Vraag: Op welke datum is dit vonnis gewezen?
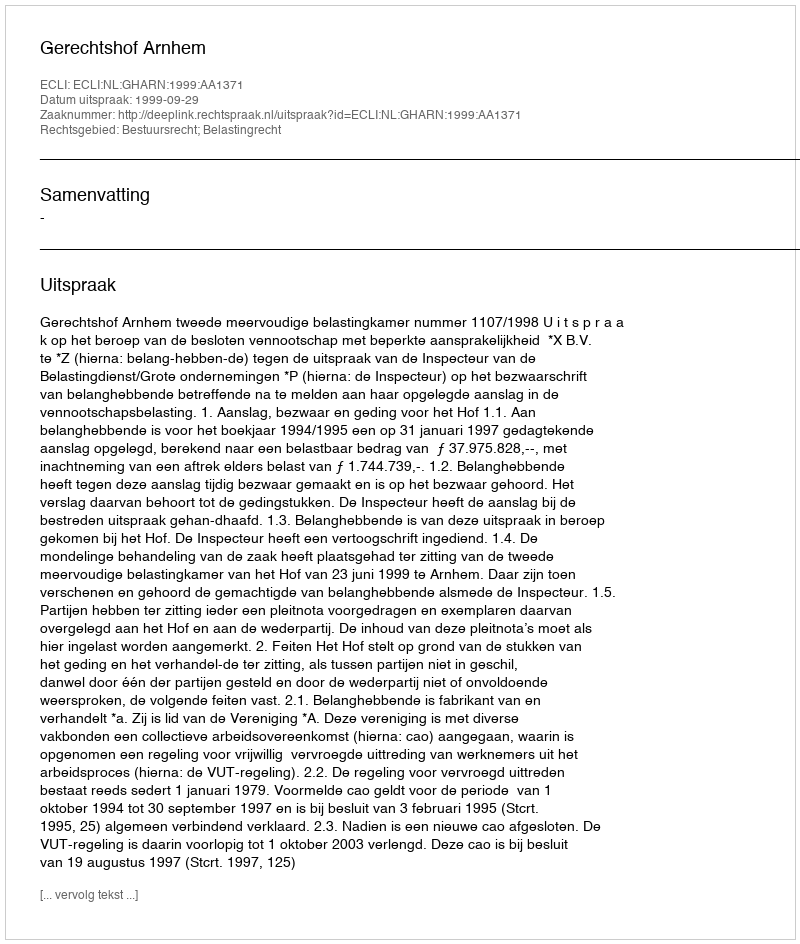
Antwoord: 1999-09-29